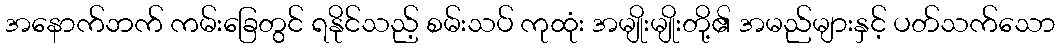
အနောက်ဘက် ကမ်းခြေတွင် ရနိုင်သည့် စမ်းသပ် ကုထုံး အမျိုးမျိုးတို့၏ အမည်များနှင့် ပတ်သက်သော